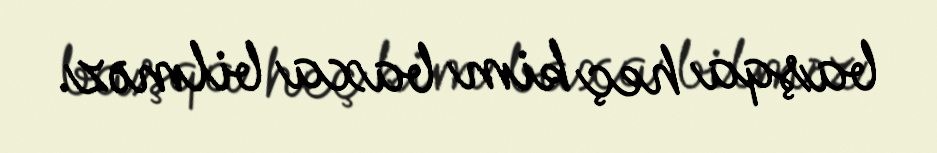
başqa heç kim baxa bilməz.